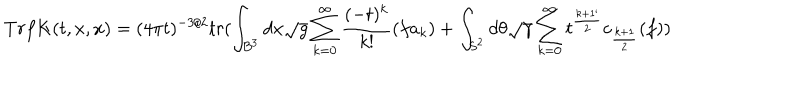
T r f K ( t , x , x ) = ( 4 \pi t ) ^ { - 3 / 2 } t r ( \int _ { B ^ { 3 } } d x \sqrt { g } \sum _ { k = 0 } ^ { \infty } \frac { ( - t ) ^ { k } } { k ! } ( f a _ { k } ) + \int _ { S ^ { 2 } } d \theta \sqrt { \gamma } \sum _ { k = 0 } ^ { \infty } t ^ { \frac { k + 1 ` } { 2 } } c _ { \frac { k + 1 } { 2 } } ( f ) )